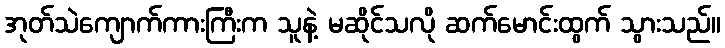
အုတ်သဲကျောက်ကားကြီးက သူနဲ့ မဆိုင်သလို ဆက်မောင်းထွက် သွားသည်။